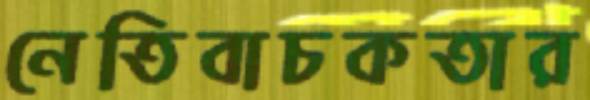
নেতিবাচকতার